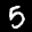
Label: 5